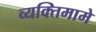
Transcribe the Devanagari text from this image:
व्यक्तिमामे